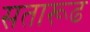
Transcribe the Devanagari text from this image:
सतारूढ